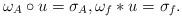
LaTeX: \begin{align*}\omega_A \circ u = \sigma_A,\omega_f * u = \sigma_f.\end{align*}